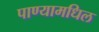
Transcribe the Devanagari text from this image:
पाण्यामधिल